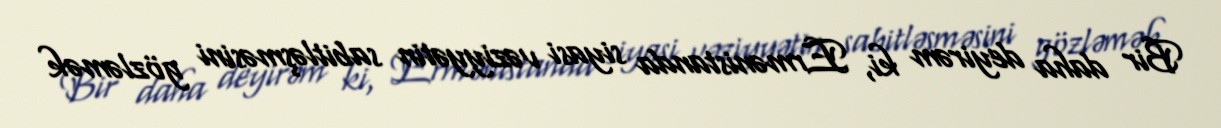
Bir daha deyirəm ki, Ermənistanda siyasi vəziyyətin sabitləşməsini gözləmək